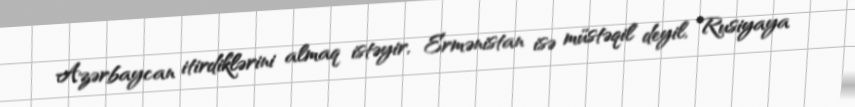
Azərbaycan itirdiklərini almaq istəyir, Ermənistan isə müstəqil deyil, Rusiyaya